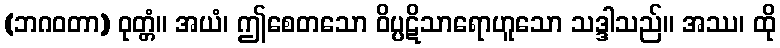
(ဘဂဝတာ) ဝုတ္တံ။ အယံ၊ ဤစေတသော ဝိပ္ပဋိသာရောဟူသော သဒ္ဒါသည်။ အဿ၊ ထို